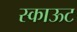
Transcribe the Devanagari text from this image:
स्काऊट